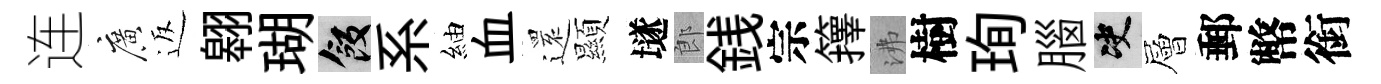
连廣返翱瑚飯系紬血𮟃顯𡑞郎銭宗籜沸樹珣腦决層郵幣銜